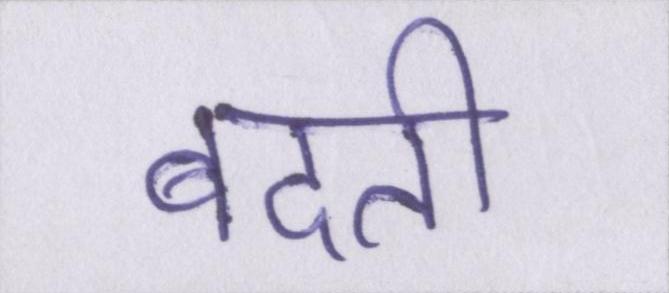
बदती